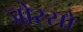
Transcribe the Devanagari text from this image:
जोस्सो